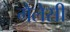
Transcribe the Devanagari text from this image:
गैलेसी